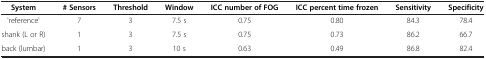
<table><thead><tr><td><b>System</b></td><td><b># Sensors</b></td><td><b>Threshold</b></td><td><b>Window</b></td><td><b>ICC number of FOG</b></td><td><b>ICC percent time frozen</b></td><td><b>Sensitivity</b></td><td><b>Specificity</b></td></tr></thead><tbody><tr><td>&#x27;reference&#x27;</td><td>7</td><td>3</td><td>7.5 s</td><td>0.75</td><td>0.80</td><td>84.3</td><td>78.4</td></tr><tr><td>shank (L or R)</td><td>1</td><td>3</td><td>7.5 s</td><td>0.75</td><td>0.73</td><td>86.2</td><td>66.7</td></tr><tr><td>back (lumbar)</td><td>1</td><td>3</td><td>10 s</td><td>0.63</td><td>0.49</td><td>86.8</td><td>82.4</td></tr></tbody></table>